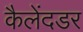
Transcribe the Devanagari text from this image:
कैलेंदडर